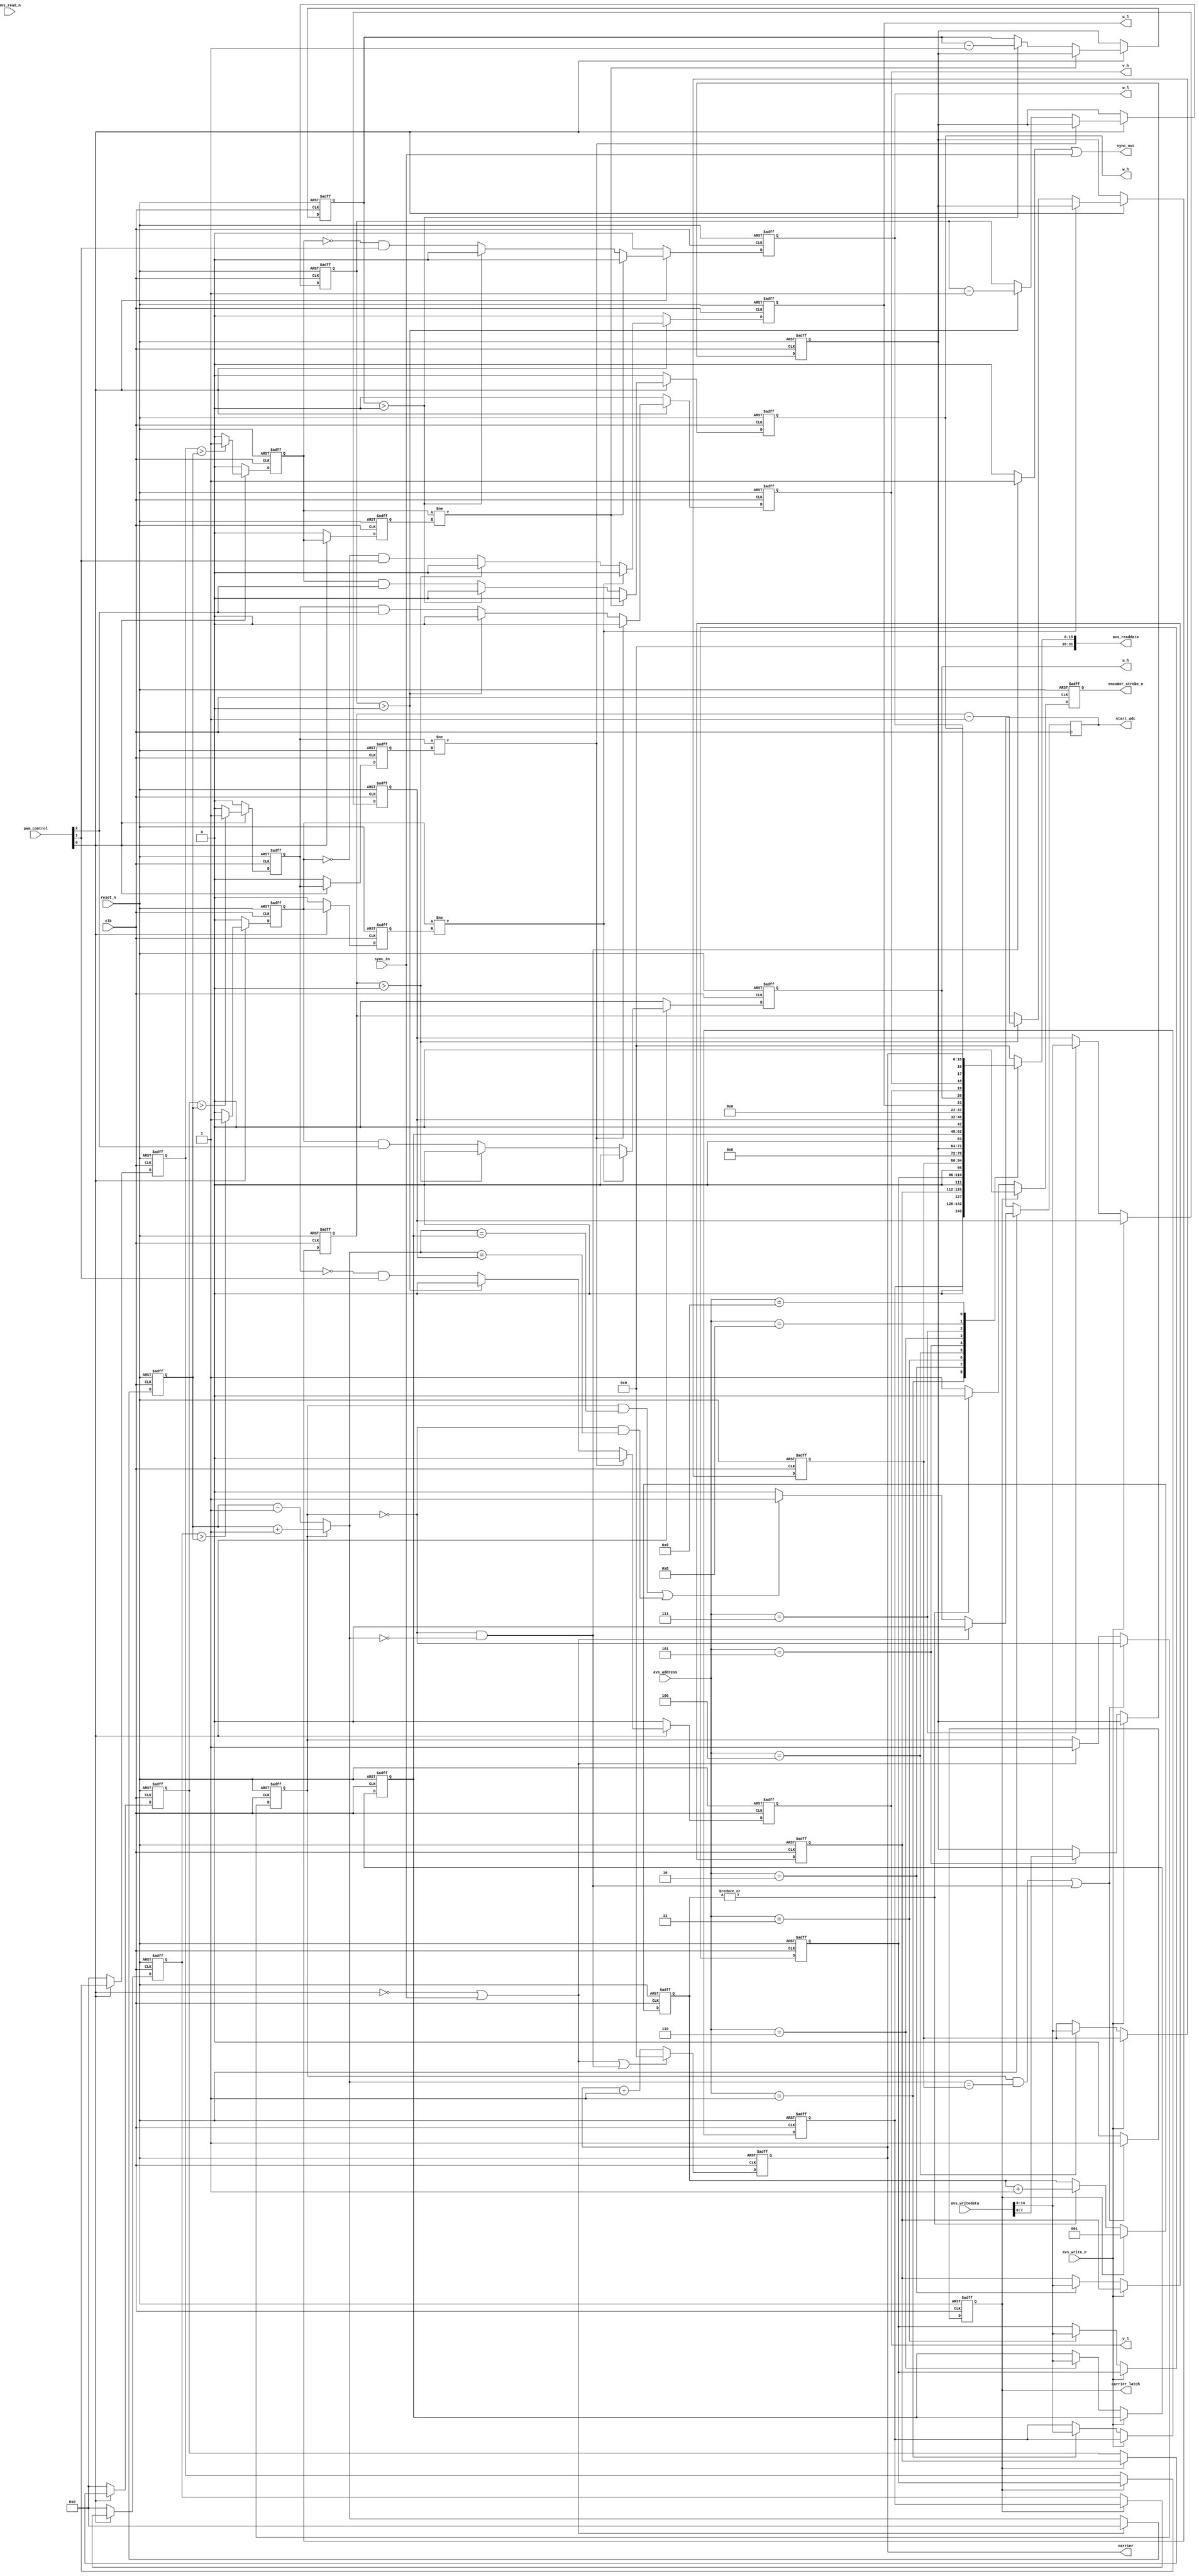
// Copyright (C) 1991-2011 Altera Corporation
// Your use of Altera Corporation's design tools, logic functions 
// and other software and tools, and its AMPP partner logic 
// functions, and any output files from any of the foregoing 
// (including device programming or simulation files), and any 
// associated documentation or information are expressly subject 
// to the terms and conditions of the Altera Program License 
// Subscription Agreement, Altera MegaCore Function License 
// Agreement, or other applicable license agreement, including, 
// without limitation, that your use is for the sole purpose of 
// programming logic devices manufactured by Altera and sold by 
// Altera or its authorized distributors.  Please refer to the 
// applicable agreement for further details.

`timescale 1ns/1ns

module ssg_emb_pwm (
	input           clk,
	input           reset_n,

    // Avalon-MM in system clk domain
	input               avs_write_n,
	input               avs_read_n,
	input [3:0]         avs_address,
	input [31:0]        avs_writedata,
	output reg [31:0]   avs_readdata,

    input [2:0]         pwm_control,
	
	input				sync_in,
    
	output wire         u_h,
	output wire         u_l,
	output wire         v_h,
	output wire         v_l,
	output wire         w_h,
	output wire         w_l,
	output reg          carrier_latch,
	output reg			encoder_strobe_n,
	output wire         sync_out,
	output wire         start_adc,
	output reg [15:0]   carrier
);											

reg [2:0] gate_h;
reg [2:0] gate_l;
assign u_h = gate_h[0];
assign v_h = gate_h[1];
assign w_h = gate_h[2];
assign u_l = gate_l[0];
assign v_l = gate_l[1];
assign w_l = gate_l[2];
reg start;

wire pwm_enable = pwm_control[0];
wire en_lower = pwm_control[1];
wire en_upper = pwm_control[2];

    //
// Avalon register interface
//
reg [14:0] pwm_reg[0:2];    // 0:U 1:V 2:W
reg [14:0] max_reg;
reg [7:0] block_reg;
reg [14:0] trigger_up_reg;
reg [14:0] trigger_down_reg;
always @(posedge clk or negedge reset_n)
    if (~reset_n)
    begin
        pwm_reg[0] <= 15'b0;
        pwm_reg[1] <= 15'b0;
        pwm_reg[2] <= 15'b0;
        max_reg <= 15'b0;
        block_reg <= 8'b0;
        trigger_up_reg <= 15'b0;
        trigger_down_reg <= 15'b0;
    end
    else if (~avs_write_n)
    begin
        case (avs_address)
            4'h1:   pwm_reg[0] <= avs_writedata[14:0];
            4'h2:   pwm_reg[1] <= avs_writedata[14:0];
            4'h3:   pwm_reg[2] <= avs_writedata[14:0];
            4'h4:   max_reg <= avs_writedata[14:0];
            4'h5:   block_reg <= avs_writedata[7:0];
            4'h6:   trigger_up_reg <= avs_writedata[14:0];
            4'h7:   trigger_down_reg <= avs_writedata[14:0];
        endcase
    end

always @(*)
    case (avs_address)
        4'h1:   avs_readdata <= {17'b0, pwm_reg[0]};
        4'h2:   avs_readdata <= {17'b0, pwm_reg[1]};
        4'h3:   avs_readdata <= {17'b0, pwm_reg[2]};
        4'h4:   avs_readdata <= {17'b0, max_reg};
        4'h5:   avs_readdata <= {24'b0, block_reg};
        4'h6:   avs_readdata <= {17'b0, trigger_up_reg};
        4'h7:   avs_readdata <= {17'b0, trigger_down_reg};
        4'h8:   avs_readdata <= {22'b0, gate_l[0], gate_h[0], gate_l[1], gate_h[1], gate_l[2], gate_h[2]};
        4'h9:   avs_readdata <= {16'b0, carrier};
        default:    avs_readdata <= 32'h0;
    endcase

// Create local copies of control regs in case they are updated mid-cycle
reg [14:0] pwm[0:2];
generate
    genvar j;
    for (j = 0; j < 3; j = j + 1)
    begin : reg_gen_loop
        always @(posedge clk or negedge reset_n)
            if (~reset_n)
                pwm[j] <= 15'b0;
            else if (~pwm_enable)
                pwm[j] <= 15'b0;
            else if (carrier_latch)
                pwm[j] <= pwm_reg[j];
    end
endgenerate

    // The counter counts alternately up and down between zero and max_reg value
// The count value is compared against the other registers to determine when
// to drive the various outputs
reg [14:0] counter;    
reg [14:0] counter_nxt;    
reg up;
reg sync;
always @(*)
    if (up)
        counter_nxt <= counter + 15'b1;
    else
        counter_nxt <= counter - 15'b1;
        
always @(posedge clk or negedge reset_n)
begin
    if (~reset_n)
    begin
        counter <= 15'b0;
        up <= 1'b1;
        carrier_latch <= 1'b0;
    end
	else
	begin
		if (~pwm_enable | sync_in)
		begin
			counter <= 15'b0;
			up <= 1'b1;
			start <= 1'b0;
		end
		else
		begin
			counter <= counter_nxt;
				
			if (up & (counter_nxt == trigger_up_reg) | ~up & (counter_nxt == trigger_down_reg))
				// Set start pulse for ADC
				start <= 1'b1;
			else
				start <= 1'b0;
		end
		if (up & (counter_nxt == max_reg) | ~up & (counter_nxt == 15'b0))
		begin
			// change direction and set latch enable
			up <= ~up;
			carrier_latch <= 1'b1;
		end
		else
			carrier_latch <= 1'b0;
    end
end

	always @(*)
        if (~up & (counter_nxt == 15'b0))
            // synchronise all PWM modules
            sync <= 1'b1;
        else
            sync <= 1'b0;

assign sync_out = sync | sync_in;
assign start_adc = start;

// carrier ramps up during one up/down cycle of the counter then resets
always @(posedge clk or negedge reset_n)
    if (~reset_n)
        carrier <= 15'b0;
    else if (~pwm_enable | sync_in | ~up & (counter_nxt == 15'b0))
        carrier <= 15'b0;
    else
        carrier <= carrier + 16'b1;

reg [2:0] strobe_count;
always @(posedge clk or negedge reset_n)
	if (~reset_n)
		strobe_count <= 3'b000;
	else if (carrier_latch)
		strobe_count <= 3'b001;
	else if (|strobe_count)
		strobe_count <= strobe_count + 3'b001;

always @(posedge clk or negedge reset_n)
	if (~reset_n)
		encoder_strobe_n <= 1'b1;
	else if (carrier_latch)
		encoder_strobe_n <= 1'b0;
	else if (|strobe_count)
		encoder_strobe_n <= 1'b0;
	else
		encoder_strobe_n <= 1'b1;
		
// Generate gate drives from counter state, inserting required dead time
// between H & L driver transitions
// generate index corresponds to phases: 0:U 1:V 2:W
reg [7:0] dead_count[0:2];
reg compare[0:2];
reg compare_r[0:2];
generate
    genvar i;
        for (i = 0; i < 3; i = i + 1)
        begin : op_gen_loop
            always @(posedge clk or negedge reset_n)
                if (~reset_n)
                begin
                    dead_count[i] <= 8'b0;
                    compare[i] <= 1'b0;
                    compare_r[i] <= 1'b0;
                    gate_h[i] <= 1'b0;
                    gate_l[i] <= 1'b0;
                end
                else if (~pwm_enable)
                begin
                    dead_count[i] <= block_reg;
                    compare[i] <= 1'b0;
                    compare_r[i] <= 1'b0;
                    gate_h[i] <= 1'b0;
                    gate_l[i] <= 1'b0;
                end
                else
                begin
                    compare_r[i] <= compare[i];
                    if (pwm[i] > counter)
                        compare[i] <= 1'b1;
                    else
                        compare[i] <= 1'b0;
                    if (compare[i] != compare_r[i])
                    begin
                        dead_count[i] <= block_reg;
                        gate_h[i] <= 1'b0;
                        gate_l[i] <= 1'b0;
                    end
                    else if (dead_count[i] > 8'b0)
                    begin
                        dead_count[i] <= dead_count[i] - 8'b1;
                        gate_h[i] <= 1'b0;
                        gate_l[i] <= 1'b0;
                    end
                    else
                    begin
                        gate_h[i] <= compare[i] & en_upper;	
                        gate_l[i] <= ~compare[i] & en_lower;
                    end
                end
        end
endgenerate
                
endmodule   // ssg_emb_pwm